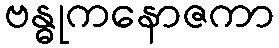
ဗန္ဓုကနောဇကာ